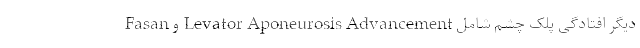
دیگر افتادگی پلک چشم شامل Levator Aponeurosis Advancement و Fasan